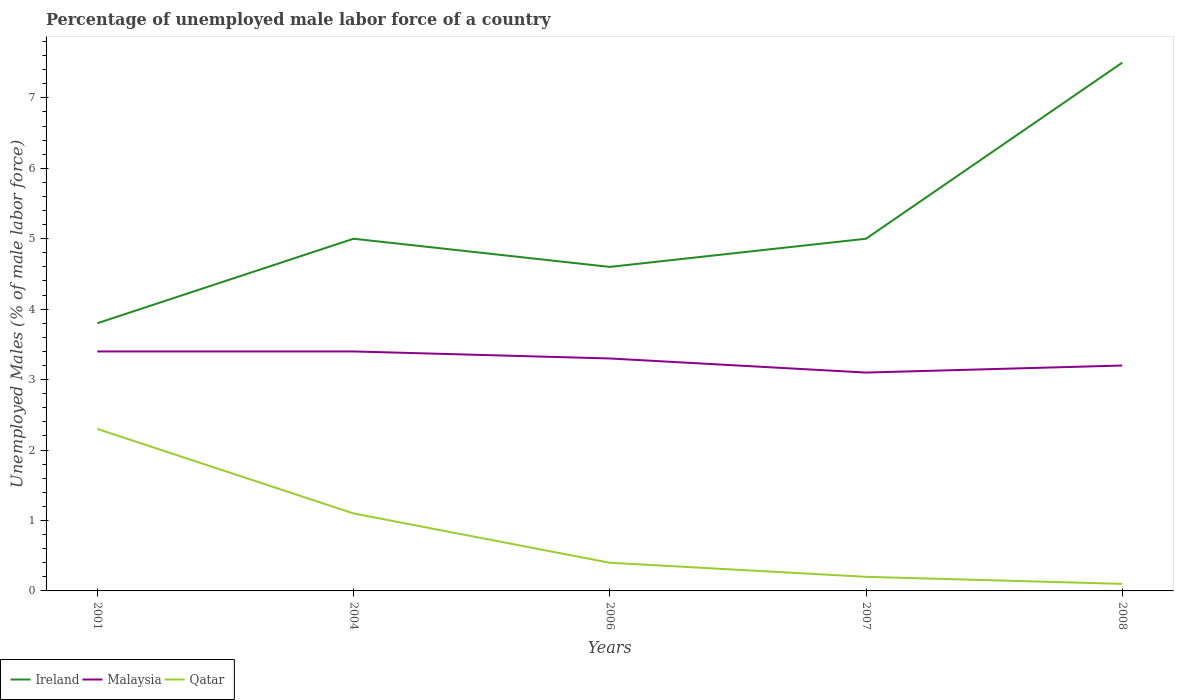
| Years | Ireland | Malaysia | Qatar |
 | --- | --- | --- | --- |
 | 2001 | 3.8 | 3.4 | 2.3 |
 | 2004 | 5 | 3.4 | 1.1 |
 | 2006 | 4.6 | 3.3 | 0.4 |
 | 2007 | 5 | 3.1 | 0.2 |
 | 2008 | 7.5 | 3.2 | 0.1 |